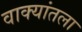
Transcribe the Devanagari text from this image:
वाक्यांतला